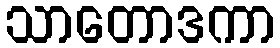
သာတောဒကာ